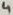
Text: 4